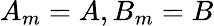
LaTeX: A_{m}=A,B_{m}=B